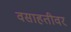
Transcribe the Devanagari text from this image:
वसाहतीवर